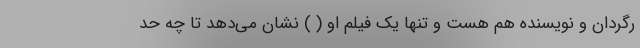
رگردان و نویسنده هم هست و تنها یک فیلم او ( ) نشان می‌دهد تا چه حد